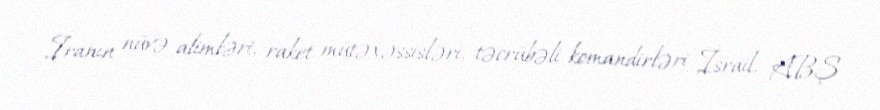
İranın nüvə alimləri, raket mütəxəssisləri, təcrübəli komandirləri İsrail, ABŞ